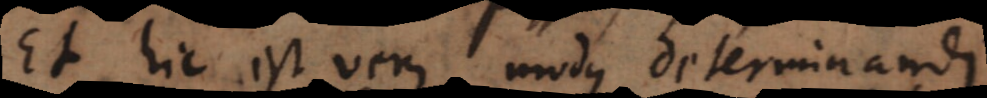
Et hic est verus modus determinandi